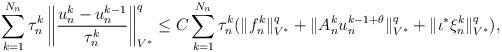
LaTeX: \begin{align*}\sum_{k=1}^{N_n}\tau^k_n\left\|\frac{u^k_n-u^{k-1}_n}{\tau^k_n}\right\|_{V^*}^q \leq C\sum_{k=1}^{N_n}\tau^k_n(\|f^k_n\|_{V^*}^q+\|A^k_n u^{k-1+\theta}_n\|_{V^*}^q+\|\iota^*\xi^k_n\|_{V^*}^q),\end{align*}